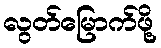
လွတ်မြောက်ဖို့